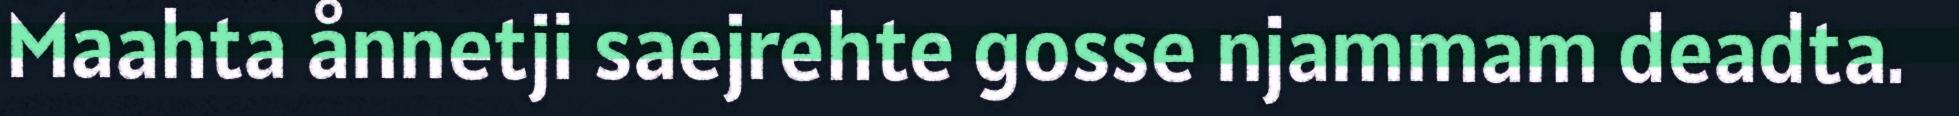
Maahta ånnetji saejrehte gosse njammam deadta.